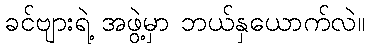
ခင်ဗျားရဲ့ အဖွဲ့မှာ ဘယ်နှယောက်လဲ။